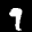
Label: 9